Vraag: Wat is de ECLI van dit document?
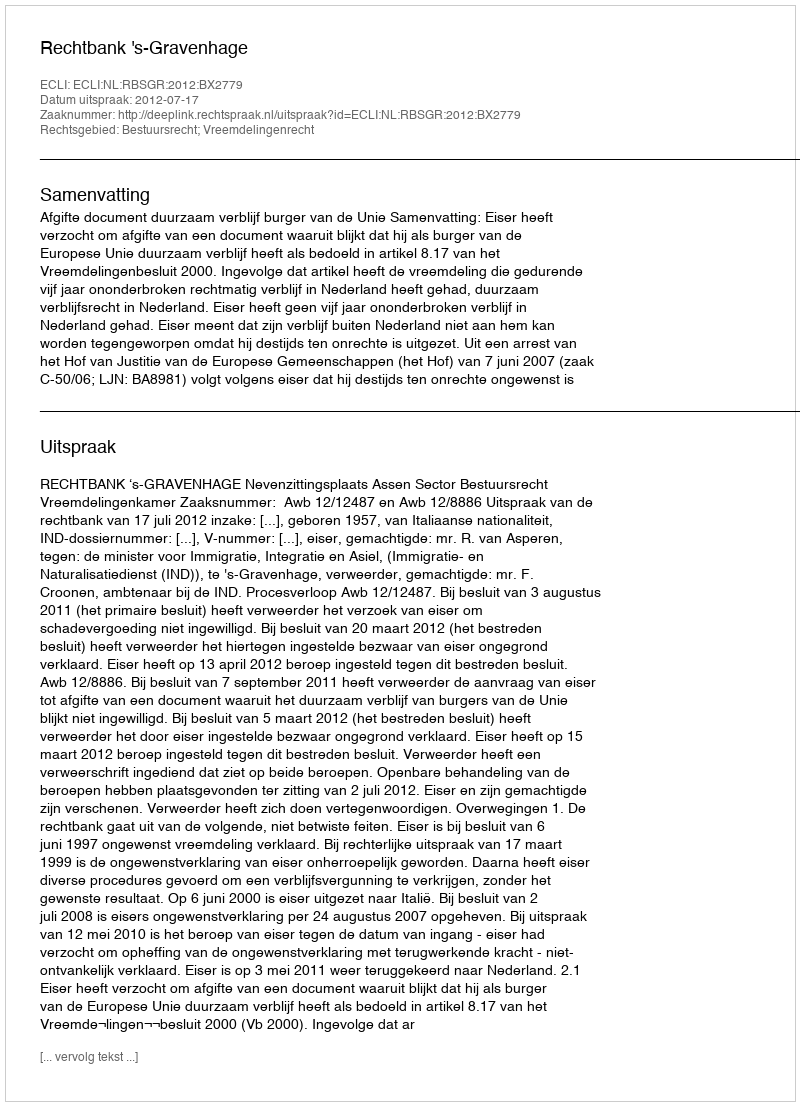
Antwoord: ECLI:NL:RBSGR:2012:BX2779